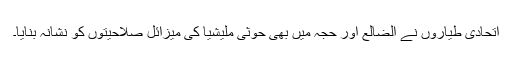
اتحادی طیاروں نے الضالع اور حجہ میں بھی حوثی ملیشیا کی میزائل صلاحیتوں کو نشانہ بنایا۔